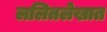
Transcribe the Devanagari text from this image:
ललितलेखात